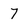
Character: 7